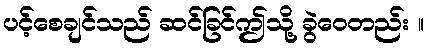
ပင့်စေချင်သည် ဆင်ခြင်ဤသို့ ခွဲဝေတည်း ။